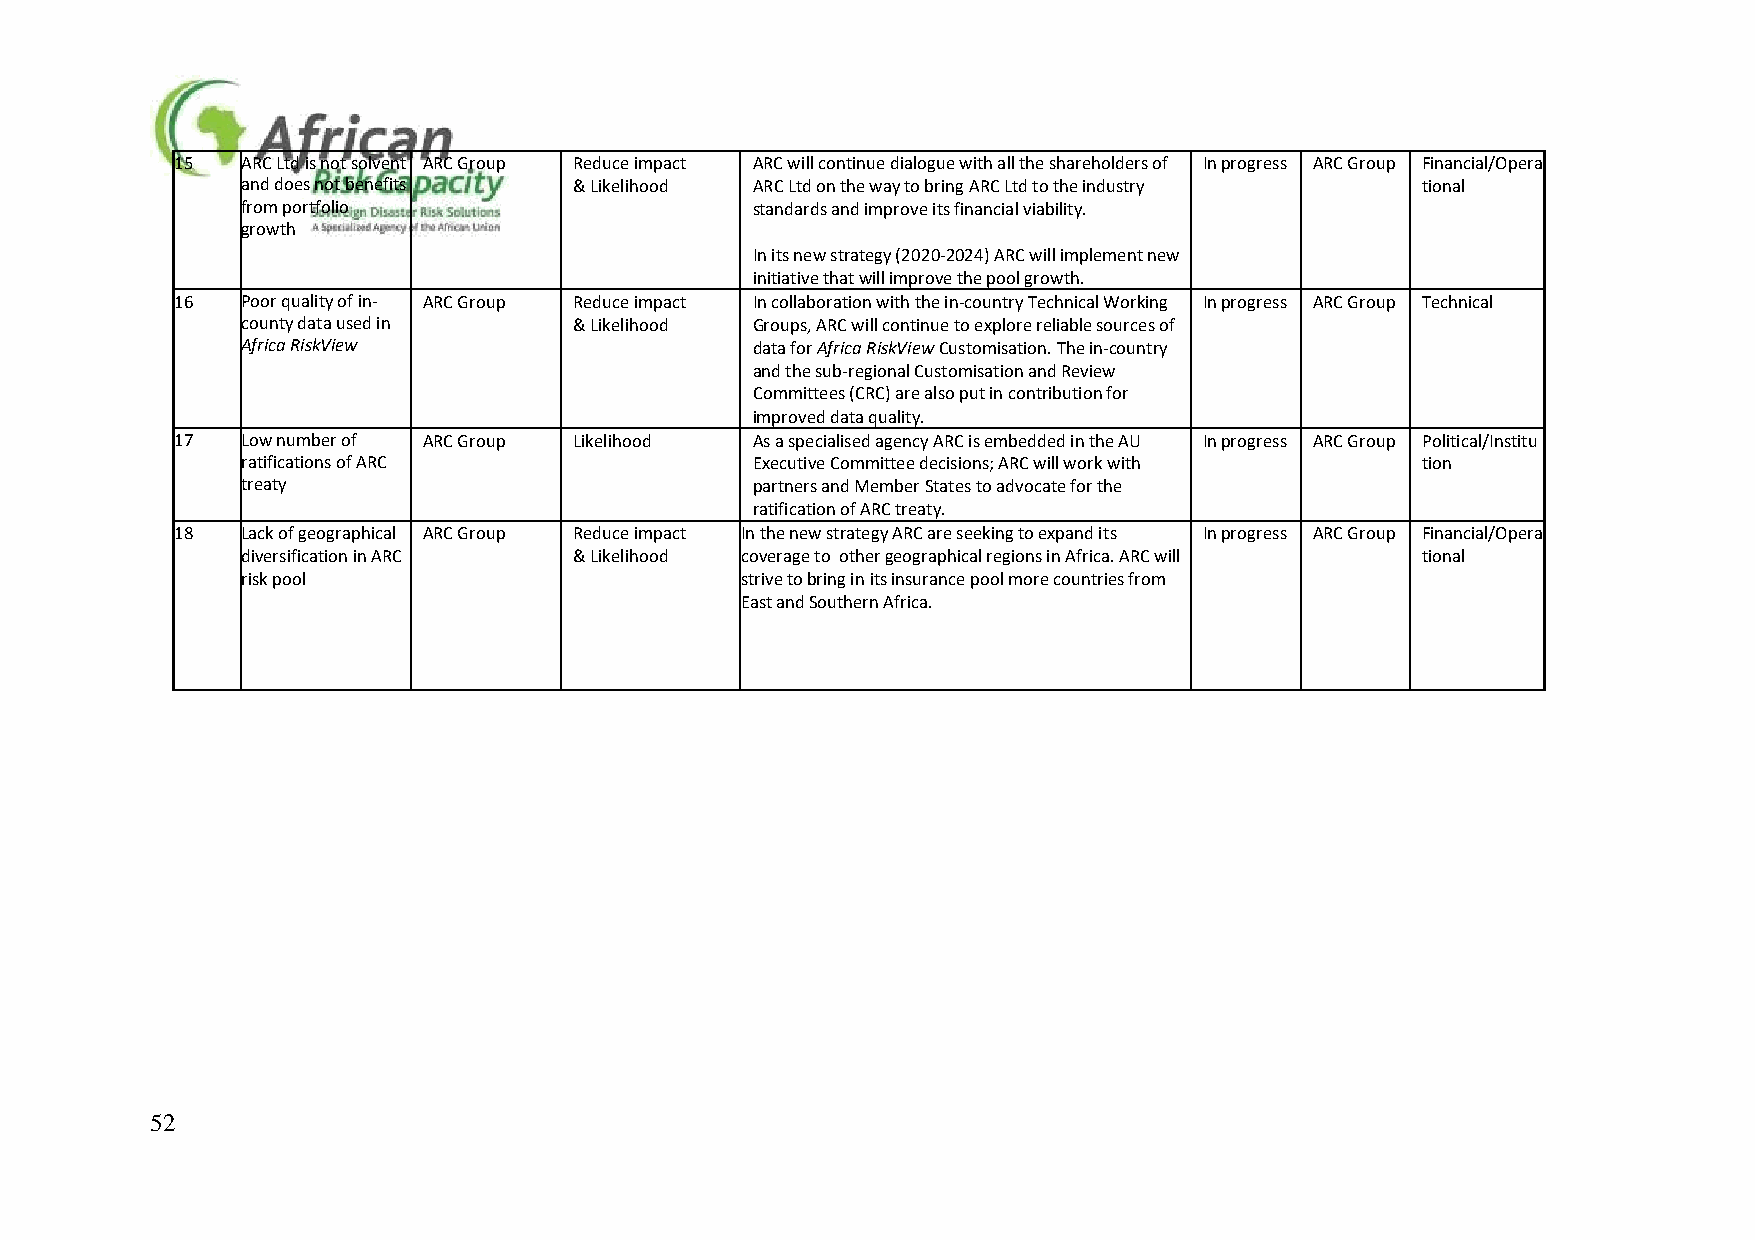
15  ARC Ltd is not solvent ARC Group Reduce impact ARC will continue dialogue with all the shareholders of In progress ARC Group Financial/Opera
 and does not benefits & Likelihood ARC Ltd on the way to bring ARC Ltd to the industry tional
 from portfolio                    standards and improve its financial viability.
 growth
 In its new strategy (2020-2024) ARC will implement new
 initiative that will improve the pool growth.
 16  Poor quality of in- ARC Group Reduce impact In collaboration with the in-country Technical Working In progress ARC Group Technical
 county data used in   & Likelihood Groups, ARC will continue to explore reliable sources of
 Africa RiskView                   data for Africa RiskView Customisation. The in-country
 and the sub-regional Customisation and Review
 Committees (CRC) are also put in contribution for
 improved data quality.
 17  Low number of ARC Group Likelihood As a specialised agency ARC is embedded in the AU In progress ARC Group Political/Institu
 ratifications of ARC              Executive Committee decisions; ARC will work with tion
 treaty                            partners and Member States to advocate for the
 ratification of ARC treaty.
 18  Lack of geographical ARC Group Reduce impact In the new strategy ARC are seeking to expand its In progress ARC Group Financial/Opera
 diversification in ARC & Likelihood coverage to other geographical regions in Africa. ARC will tional
 risk pool                        strive to bring in its insurance pool more countries from
 East and Southern Africa.
 52